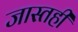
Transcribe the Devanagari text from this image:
जास्तही